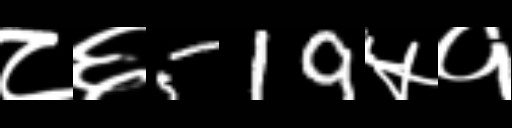
Text: ८६519५१